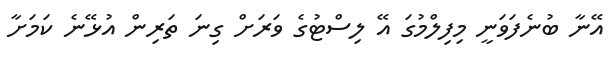
އޭނާ ބުނެފަވަނީ މިފިލްމުގަ އޭ ލިސްޓުގެ ވަރަށް ގިނަ ތަރިން އުޅޭނެ ކަމަށާ